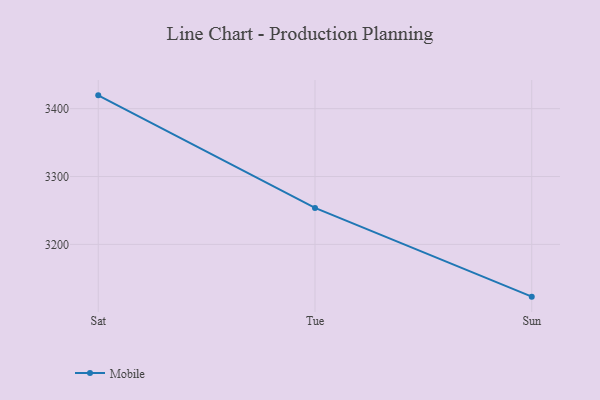
{"axis": {"x": "Day", "y": "LTV (USD)"}, "legend": ["Mobile"], "data": [{"x": "Sat", "y": 3419.6, "type": "Mobile"}, {"x": "Tue", "y": 3253.8, "type": "Mobile"}, {"x": "Sun", "y": 3123.0, "type": "Mobile"}]}